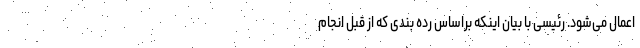
اعمال می‌شود. رئیسی با بیان اینکه براساس رده بندی که از قبل انجام